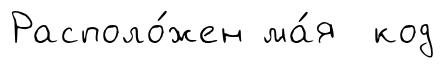
Располо́жен ма́я код